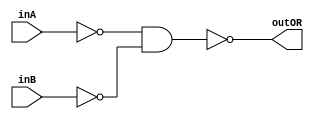
/* CSED273 lab1 experiment 2_ii */
/* lab1_2_ii.v */


/* Implement OR with {AND, NOT}
 * You are only allowed to wire modules together */
module lab1_2_ii(outOR, inA, inB);
    output wire outOR;
    input wire inA, inB;
    
    wire midA, midB, midout;
    
    not(midA, inA);
    not(midB, inB);
    and(midout, midA, midB);
    not(outOR, midout);

endmodule